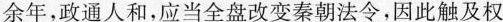
余年，政通人和，应当全盘改变秦朝法令，因此触及权